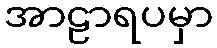
အာဠာရပမှာ